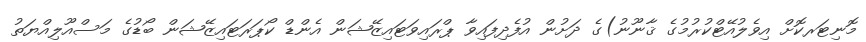
މޮނިޓަރކޮށް އިވެލުއޭޓްކުރުމުގެ ޤާނޫނު)ގެ ދަށުން އުފެދިފައިވާ ޕްރައިވަޓައިޒޭޝަން އެންޑް ކޯޕަރަޓައިޒޭޝަން ބޯޑުގެ މަސްއޫލިއްޔަތު